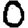
Digit: 0